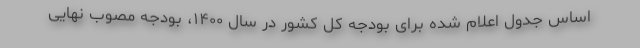
اساس جدول اعلام شده برای بودجه کل کشور در سال ۱۴۰۰، بودجه مصوب نهایی